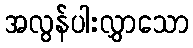
အလွန်ပါးလွှာသော